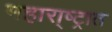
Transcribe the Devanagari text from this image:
महारा्ष्ट्रात